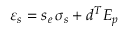
\varepsilon _ { s } = { s _ { e } } \, { \sigma _ { s } } + { d ^ { T } } { E _ { p } }